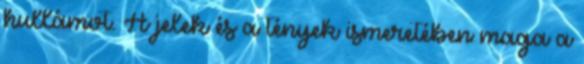
hullámot. A jelek és a tények ismeretében maga a